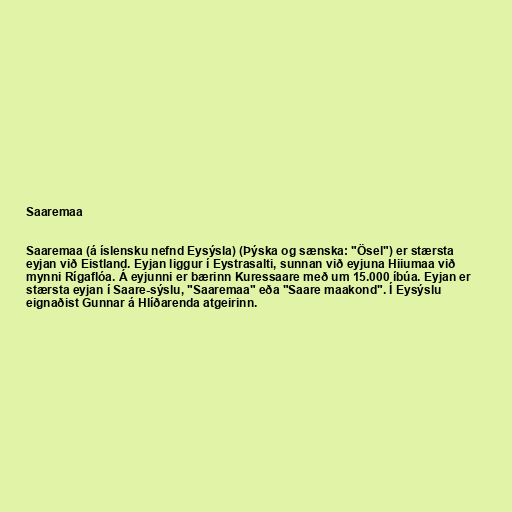
Saaremaa

Saaremaa (á íslensku nefnd Eysýsla) (Þýska og sænska: "Ösel") er stærsta
eyjan við Eistland. Eyjan liggur í Eystrasalti, sunnan við eyjuna Hiiumaa við
mynni Rígaflóa. Á eyjunni er bærinn Kuressaare með um 15.000 íbúa. Eyjan er
stærsta eyjan í Saare-sýslu, "Saaremaa" eða "Saare maakond". Í Eysýslu
eignaðist Gunnar á Hlíðarenda atgeirinn.